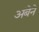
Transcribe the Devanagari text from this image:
अंबेने